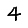
Digit: 4